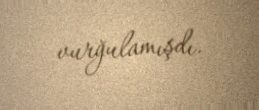
vurğulamışdı.